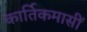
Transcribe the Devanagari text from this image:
कार्तिकमासीं